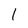
Character: l